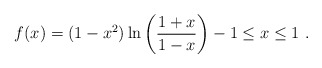
\begin{align*}f(x) = (1-x^2)\ln\left(\frac{1+x}{1-x}\right) -1 \leq x \leq 1\ .\end{align*}